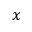
x